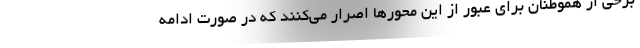
برخی از هموطنان برای عبور از این محورها اصرار می‌کنند که در صورت ادامه